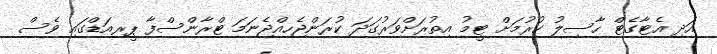
އަދި އެޓާގެޓް ހާސިލު ކުރުމަށް ޓީމު އިތުރަށްވަރުގަދަ ކުރަންޖެހިއްޖެނަމަ ޓްރާންސްފާ ޕީރިއަޑްގައި ވެސް